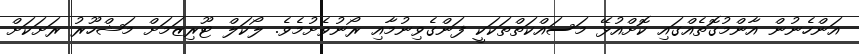
އަންހެނުން އާންމުގޮތެއްގައި ކޮށްއުޅޭ މަސައްކަތްތަކަކީ ފަންގެވިނުމާއި ރޯނުވެށުމެވެ. ލޯކަލް ޓޫރިޒަމަށް މަޝްހޫރު ރަށަކަށް